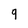
Character: 9